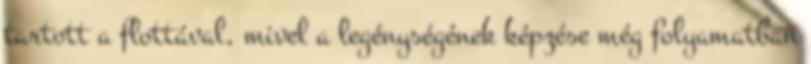
tartott a flottával, mivel a legénységének képzése még folyamatban